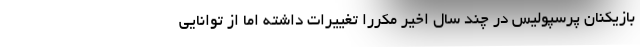
بازیکنان پرسپولیس در چند سال اخیر مکرراً تغییرات داشته اما از توانایی